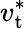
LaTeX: v_{\mathrm{t}}^{\ast}